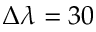
\Delta \lambda = 3 0